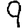
Digit: 9